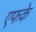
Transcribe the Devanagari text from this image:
एफके